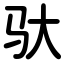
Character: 驮